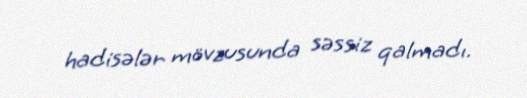
hadisələr mövzusunda səssiz qalmadı.